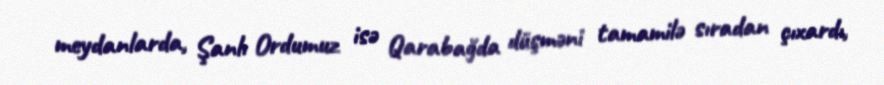
meydanlarda, Şanlı Ordumuz isə Qarabağda düşməni tamamilə sıradan çıxardı,